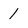
Character: 1